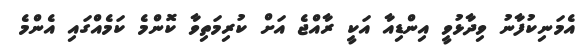
އެމަނިކުފާނު ވިދާޅުވީ އިންޑިއާ އަކީ ރާއްޖެ އަށް ކުރިމަތިވާ ކޮންމެ ކަމެއްގައި އެންމެ